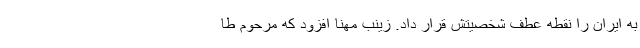
به ایران را نقطه عطف شخصیتش قرار داد. زینب مهنا افزود که مرحوم طا